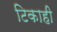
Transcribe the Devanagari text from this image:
टिकाही